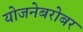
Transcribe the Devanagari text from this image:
योजनेबरोबर